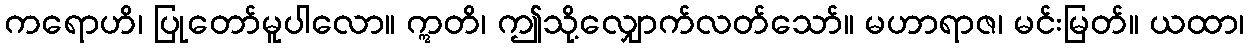
ကရောဟိ၊ ပြုတော်မူပါလော။ ဣတိ၊ ဤသို့လျှောက်လတ်သော်။ မဟာရာဇ၊ မင်းမြတ်။ ယထာ၊